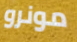
مونرو